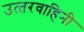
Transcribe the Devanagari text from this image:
उत्‍तरवाहिनी